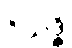
ဝိသုဒ္ဓိ